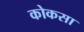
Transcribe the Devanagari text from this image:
कोकसा